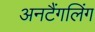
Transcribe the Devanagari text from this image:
अनटैंगलिंग